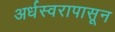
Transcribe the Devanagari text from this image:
अर्धस्वरापासून